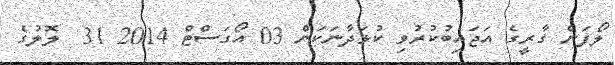
ލޯފަން ގާރީގެ އަޖައިބުކުރުވި ކުޅަދާނަކަން 03 އޯގަސްޓް 2014 31  ލޮލުގެ